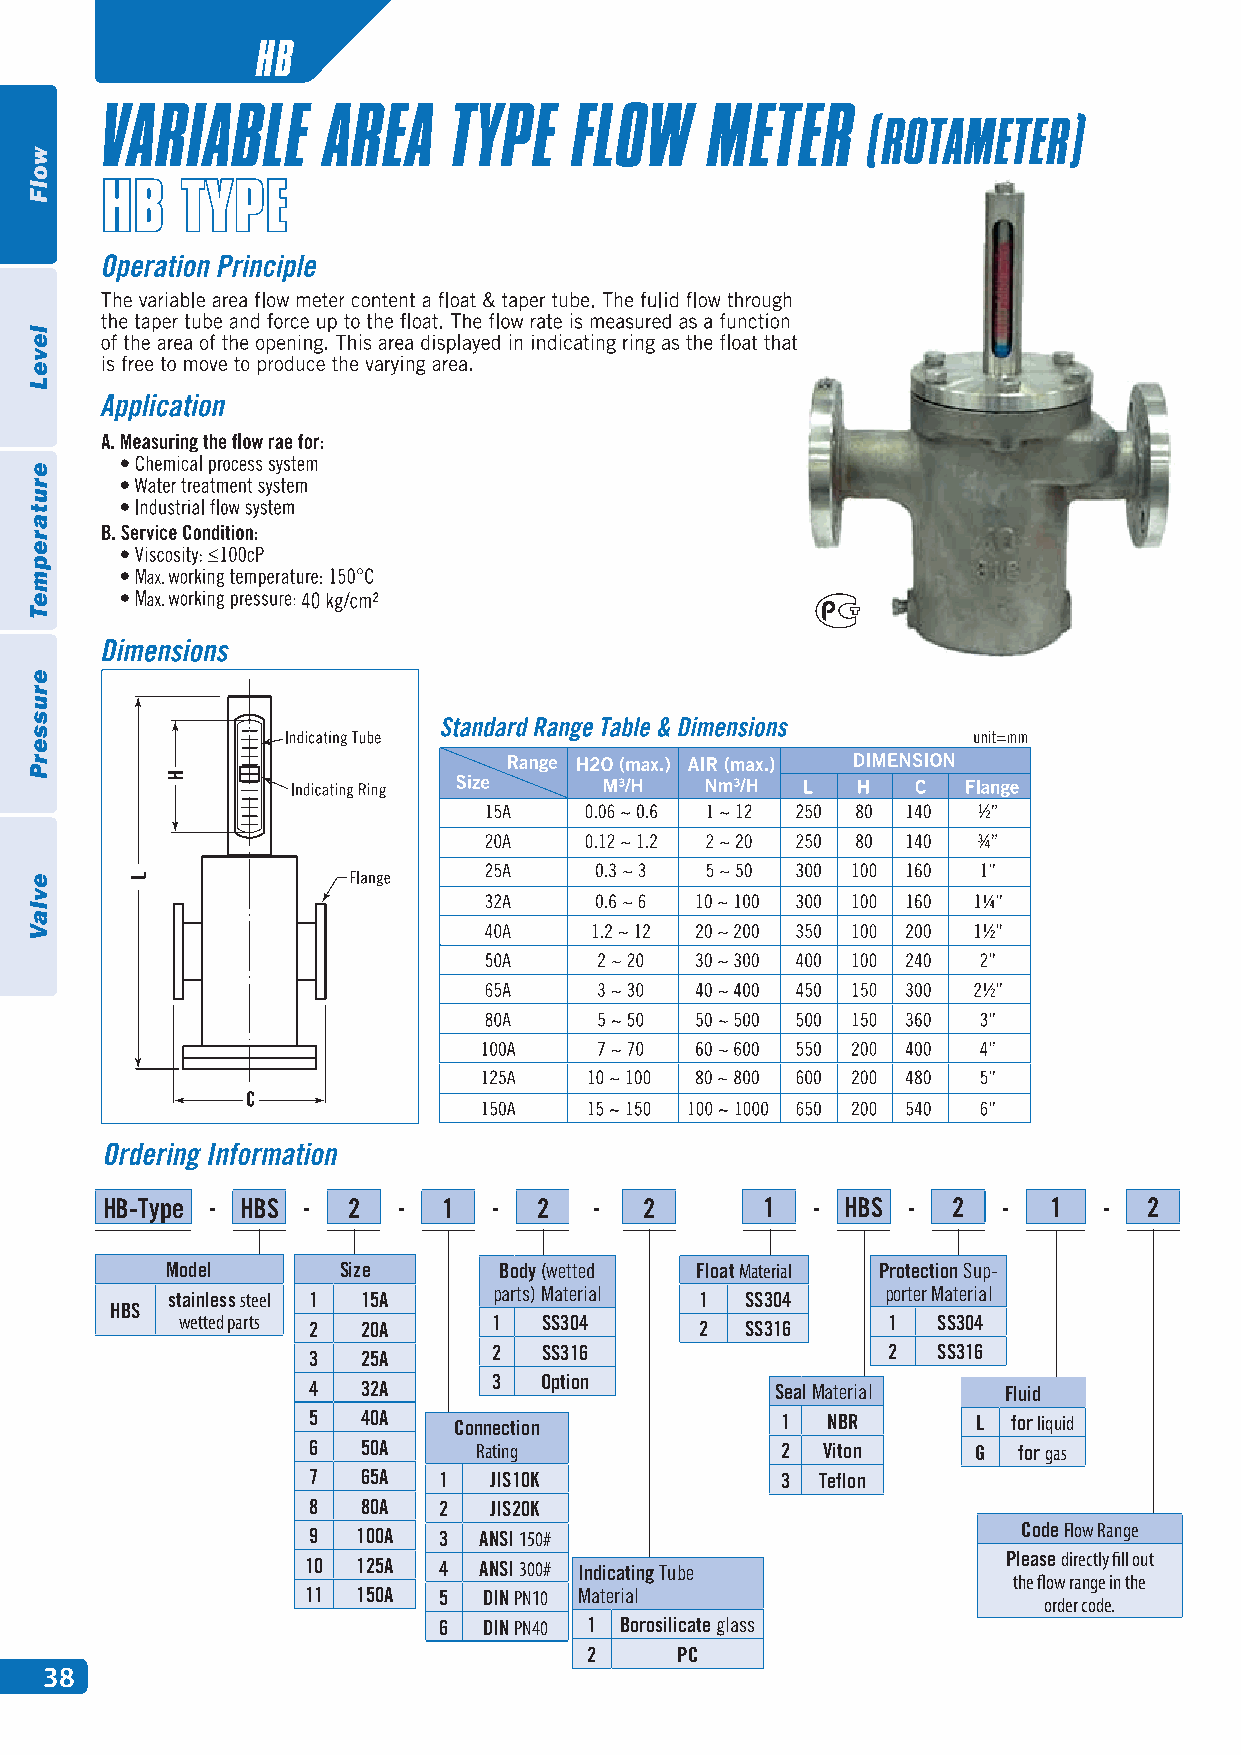
HB
 HB-Type - HBS - 2  -  1   -  2  -   2       1  - HBS -  2  -  1   -  2
 Model      Size       Body (wetted Float Material Protection Sup-
 stainless steel 1 15A parts) Material 1 SS304   porter Material
 HBS
 wetted parts 2 20A   1  SS304     2  SS316     1  SS304
 3   25A      2  SS316                  2  SS316
 4   32A      3  Option         Seal Material  Fluid
 5   40A   Connection            1  NBR       L for liquid
 6   50A    Rating               2 Viton      G for gas
 7   65A  1  JIS10K              3 Teflon
 8   80A  2  JIS20K
 9   100A 3  ANSI 150#                           Code Flow Range
 Please directly fill out
 10  125A 4  ANSI 300# Indicating Tube
 the flow range in the
 11  150A 5  DIN ( P1 N) 1B 0orosilMicaatteer gialalss (2) PC
 order code.
 6  DIN PN40 1 Borosilicate glass
 2     PC
 38
 wolF
 leveL
 erutarepmeT
 erusserP
 evlaV